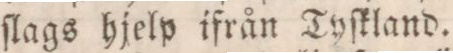
ſlags hjelp ifrån Tyſkland.